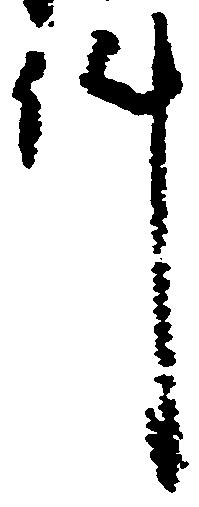
件